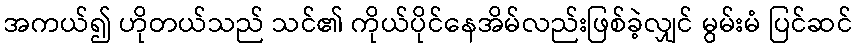
အကယ်၍ ဟိုတယ်သည် သင်၏ ကိုယ်ပိုင်နေအိမ်လည်းဖြစ်ခဲ့လျှင် မွမ်းမံ ပြင်ဆင်